Lunatic asylums Punjab 1881-1894 - 1881-1894
Year: 1881
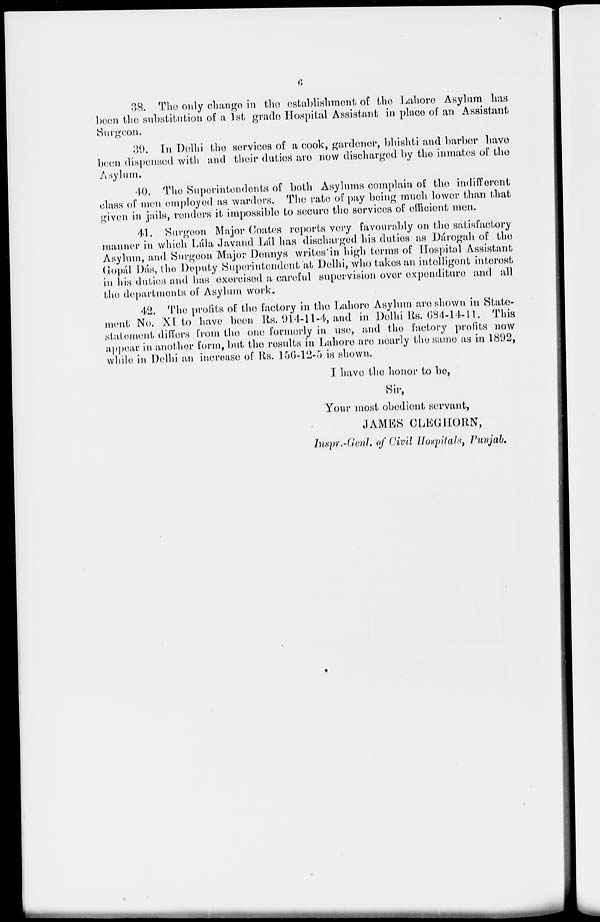
6
38. The only change in the establishment of the Lahore Asylum has
been the substitution of a 1st grade Hospital Assistant in place of an Assistant
Surgeon.
39. In Delhi the services of a cook, gardener, bhishti and harber have
been dispensed with and their duties are now discharged by the inmates of the
Asylum.
40. The Superintendents of both Asylums complain of the indifferent
class of men employed as warders. The rate of pay being much lower than that
given in jails, renders it impossible to secure the services of officient men.
41. Surgeon Major Coates reports very favourably on the satisfactory
manner in which Lála Javand. Lál has discharged his duties as Dárogah of the
Asylum, and Surgeon Major Donnys writes in high terms of Hospital Assistant
Gopál Dás, the Deputy Superintendent at Delhi, who takes an intelligent interest
in his duties and has exercised a careful supervision over expenditure and all
the departments of Asylum work.
42. The profits of the factory in the Lahore Asylum are shown in State-
ment, No. XI to have been Rs. 914-11 -4, and in Delhi Rs.684-14-11. This
statement differs from the one formerly in use, and the factory profits now
appear in another form, but the results in Lahore are nearly the same as in 1892,
while in Delhi an increase of Rs. 156-12-5 is shown.
I have the honor to be,
Sir,
Your most obedient servant,
JAMES CLEGHORN,
Inspr.-Genl. of Civil Hospitals, Punjab.